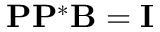
\mathbf { P } \mathbf { P } ^ { * } \mathbf { B } = \mathbf { I }